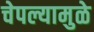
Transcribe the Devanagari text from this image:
चेपल्यामुळे